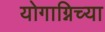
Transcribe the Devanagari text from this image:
योगाग्निच्या